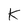
Character: K